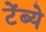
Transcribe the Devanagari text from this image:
टेंब्ये